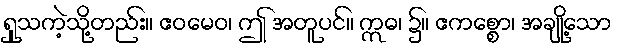
ရှုသကဲ့သို့တည်း။ ဧဝမေဝ၊ ဤ အတူပင်။ ဣဓ၊ ၌။ ဧကစ္စော၊ အချို့သော